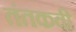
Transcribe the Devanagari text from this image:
तंतकवी